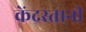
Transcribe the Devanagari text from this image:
केंद्रस्तानी